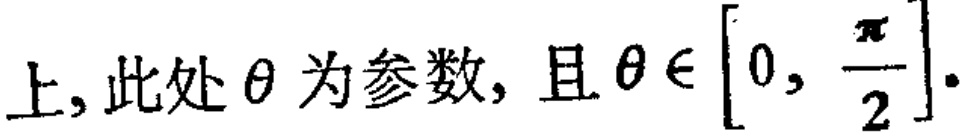
上, 此处\(\theta\)为参数, 且\(\theta\in\left[0,\frac{\pi}{2}\right]\).